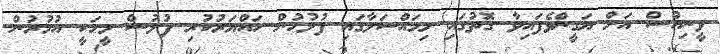
ވީނިއުސް އަށް ޔަގީންވެފައިވާ ގޮތުގައި މިމައްސަލާގައި ފުލުހުން ހައްޔަރުކުރި ފުލުސް މީހަކީ އުމުރުން